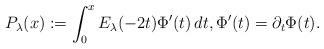
LaTeX: \begin{align*}P_\lambda(x):= \int_0^x E_\lambda(-2t)\Phi'(t)\,dt, \Phi'(t)=\partial_t\Phi(t).\end{align*}